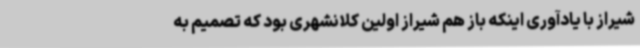
شیراز با یادآوری اینکه باز هم شیراز اولین کلانشهری بود که تصمیم به